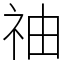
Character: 䄂